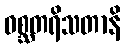
ဝစ္ဆတရိသတာနိ